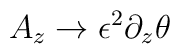
A_z \rightarrow \epsilon^2 \partial_z \theta